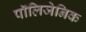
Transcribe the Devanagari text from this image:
पॉलिजेनिक